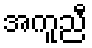
အကူညီ